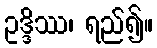
ဥဒ္ဒိဿ၊ ရည်၍။